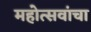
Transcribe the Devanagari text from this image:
महोत्सवांचा